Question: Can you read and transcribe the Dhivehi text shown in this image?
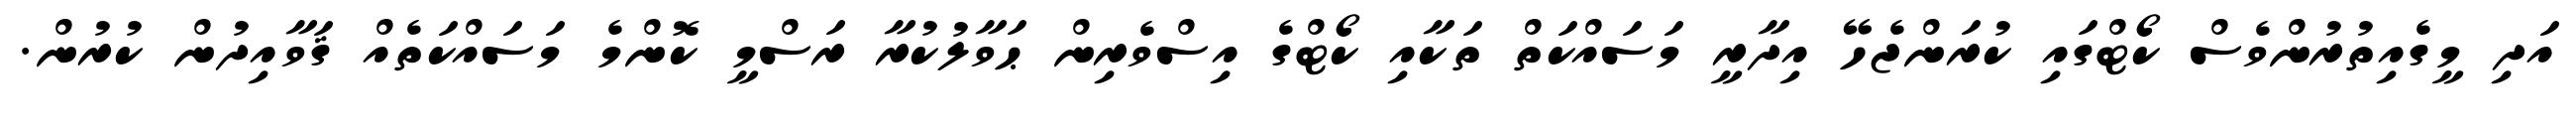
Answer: އަދި މީގެއިތުރުންވެސް ކޯޓްގައި ކުރަންޖެހޭ އިދާރީ މަސައްކަތް ތަކާއި ކޯޓްގެ އިސްވެރިން ޙަވާލުކުރާ ރަސްމީ ކޮންމެ މަސައްކަތެއް ޤަވާއިދުން ކުރުން.